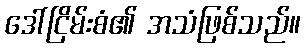
ဒေါ်ငြိမ်းစံ၏ အသံဖြစ်သည်။